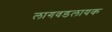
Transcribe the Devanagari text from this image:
लागवडलायक